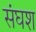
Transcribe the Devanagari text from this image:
संघश